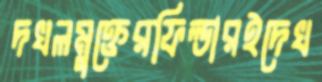
দখলমুক্তেরফিল্ডারইদেখ